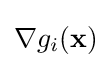
\nabla g_{i}(\mathbf {x} )